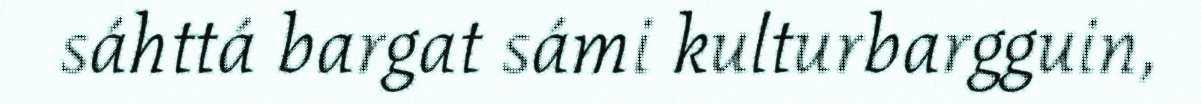
sáhttá bargat sámi kulturbargguin,